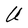
Character: U